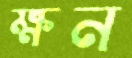
ক্ষন